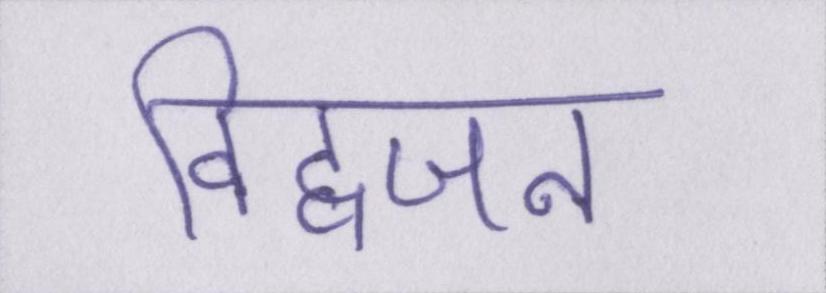
विद्वजन